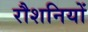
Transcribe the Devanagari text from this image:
रौशनियों